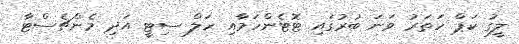
ލީގު ކަޕް ހަތަރު ވަނަ ބުރުގައި ޓޮޓެންހަމާއި ހަލް ސިޓީ އަދި މެންޗެސްޓާ